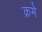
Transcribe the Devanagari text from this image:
क्रमे